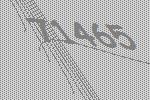
71465